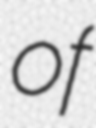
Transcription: of